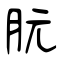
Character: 朊